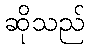
ဆိုသည်